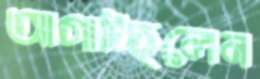
আগাচ্ছিলেন